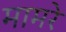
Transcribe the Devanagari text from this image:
मामरे